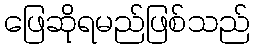
ဖြေဆိုရမည်ဖြစ်သည်